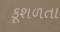
કૂશળતા